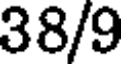
38/9